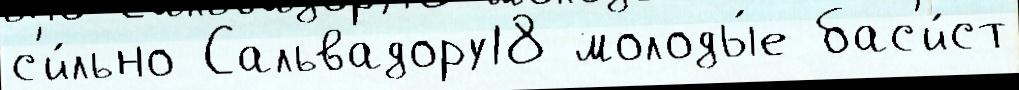
с'и́льно Сальвадору18 молоды́е бас'и́ст